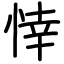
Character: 悻